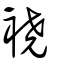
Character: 襓